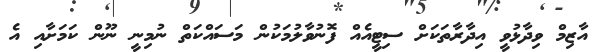
އާޒިމް ވިދާޅުވީ އިދާރާތަކަށް ސިޓީއެއް ފޮނުވާލުމަކުން މަސައްކަތް ނުމިނީ ނޫން ކަމަށާއި އެ